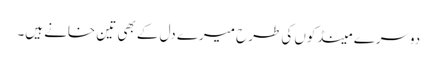
دوسرے مینڈکوں کی طرح میرے دل کے بھی تین خانے ہیں۔